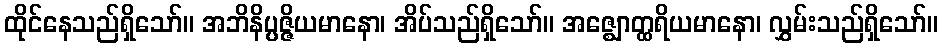
ထိုင်နေသည်ရှိသော်။ အဘိနိပ္ပဇ္ဇိယမာနော၊ အိပ်သည်ရှိသော်။ အဇ္ဈောတ္ထရိယမာနော၊ လွှမ်းသည်ရှိသော်။